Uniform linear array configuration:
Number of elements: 24
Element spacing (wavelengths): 0.75
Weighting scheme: exponential
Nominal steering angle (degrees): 30
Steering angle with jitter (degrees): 28.689
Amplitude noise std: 0.05
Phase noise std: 0.05

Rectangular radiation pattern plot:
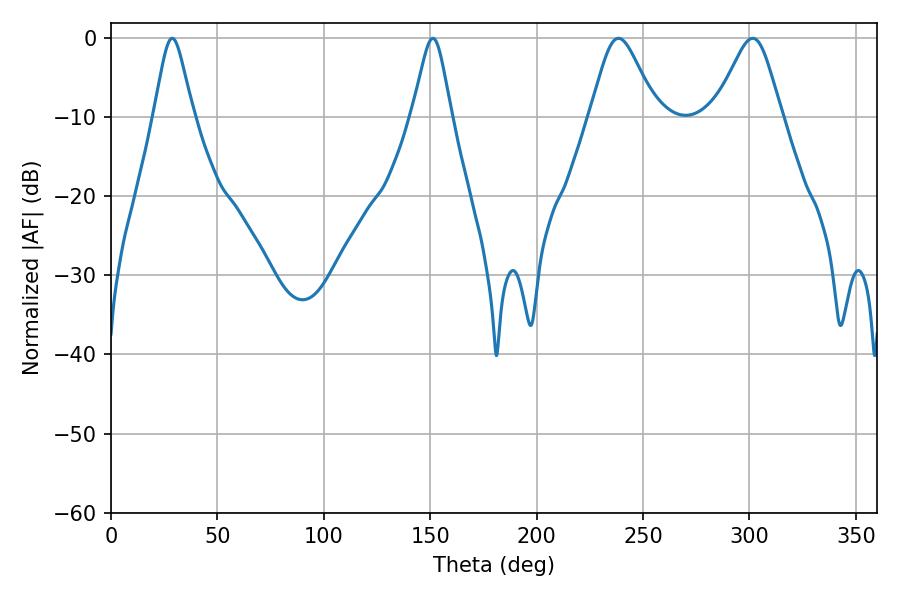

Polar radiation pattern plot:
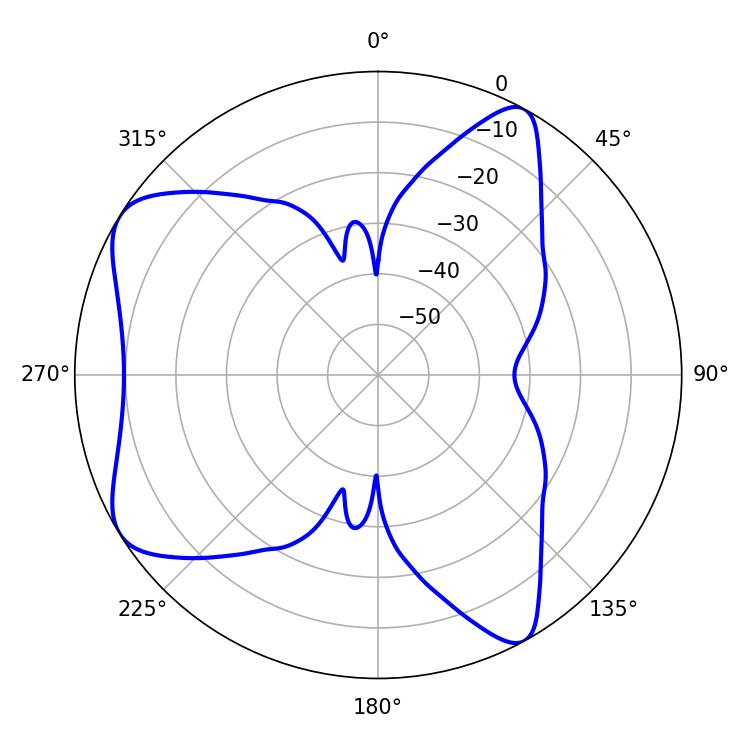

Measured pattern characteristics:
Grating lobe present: TRUE
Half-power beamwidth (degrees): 15.12
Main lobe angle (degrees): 238.5